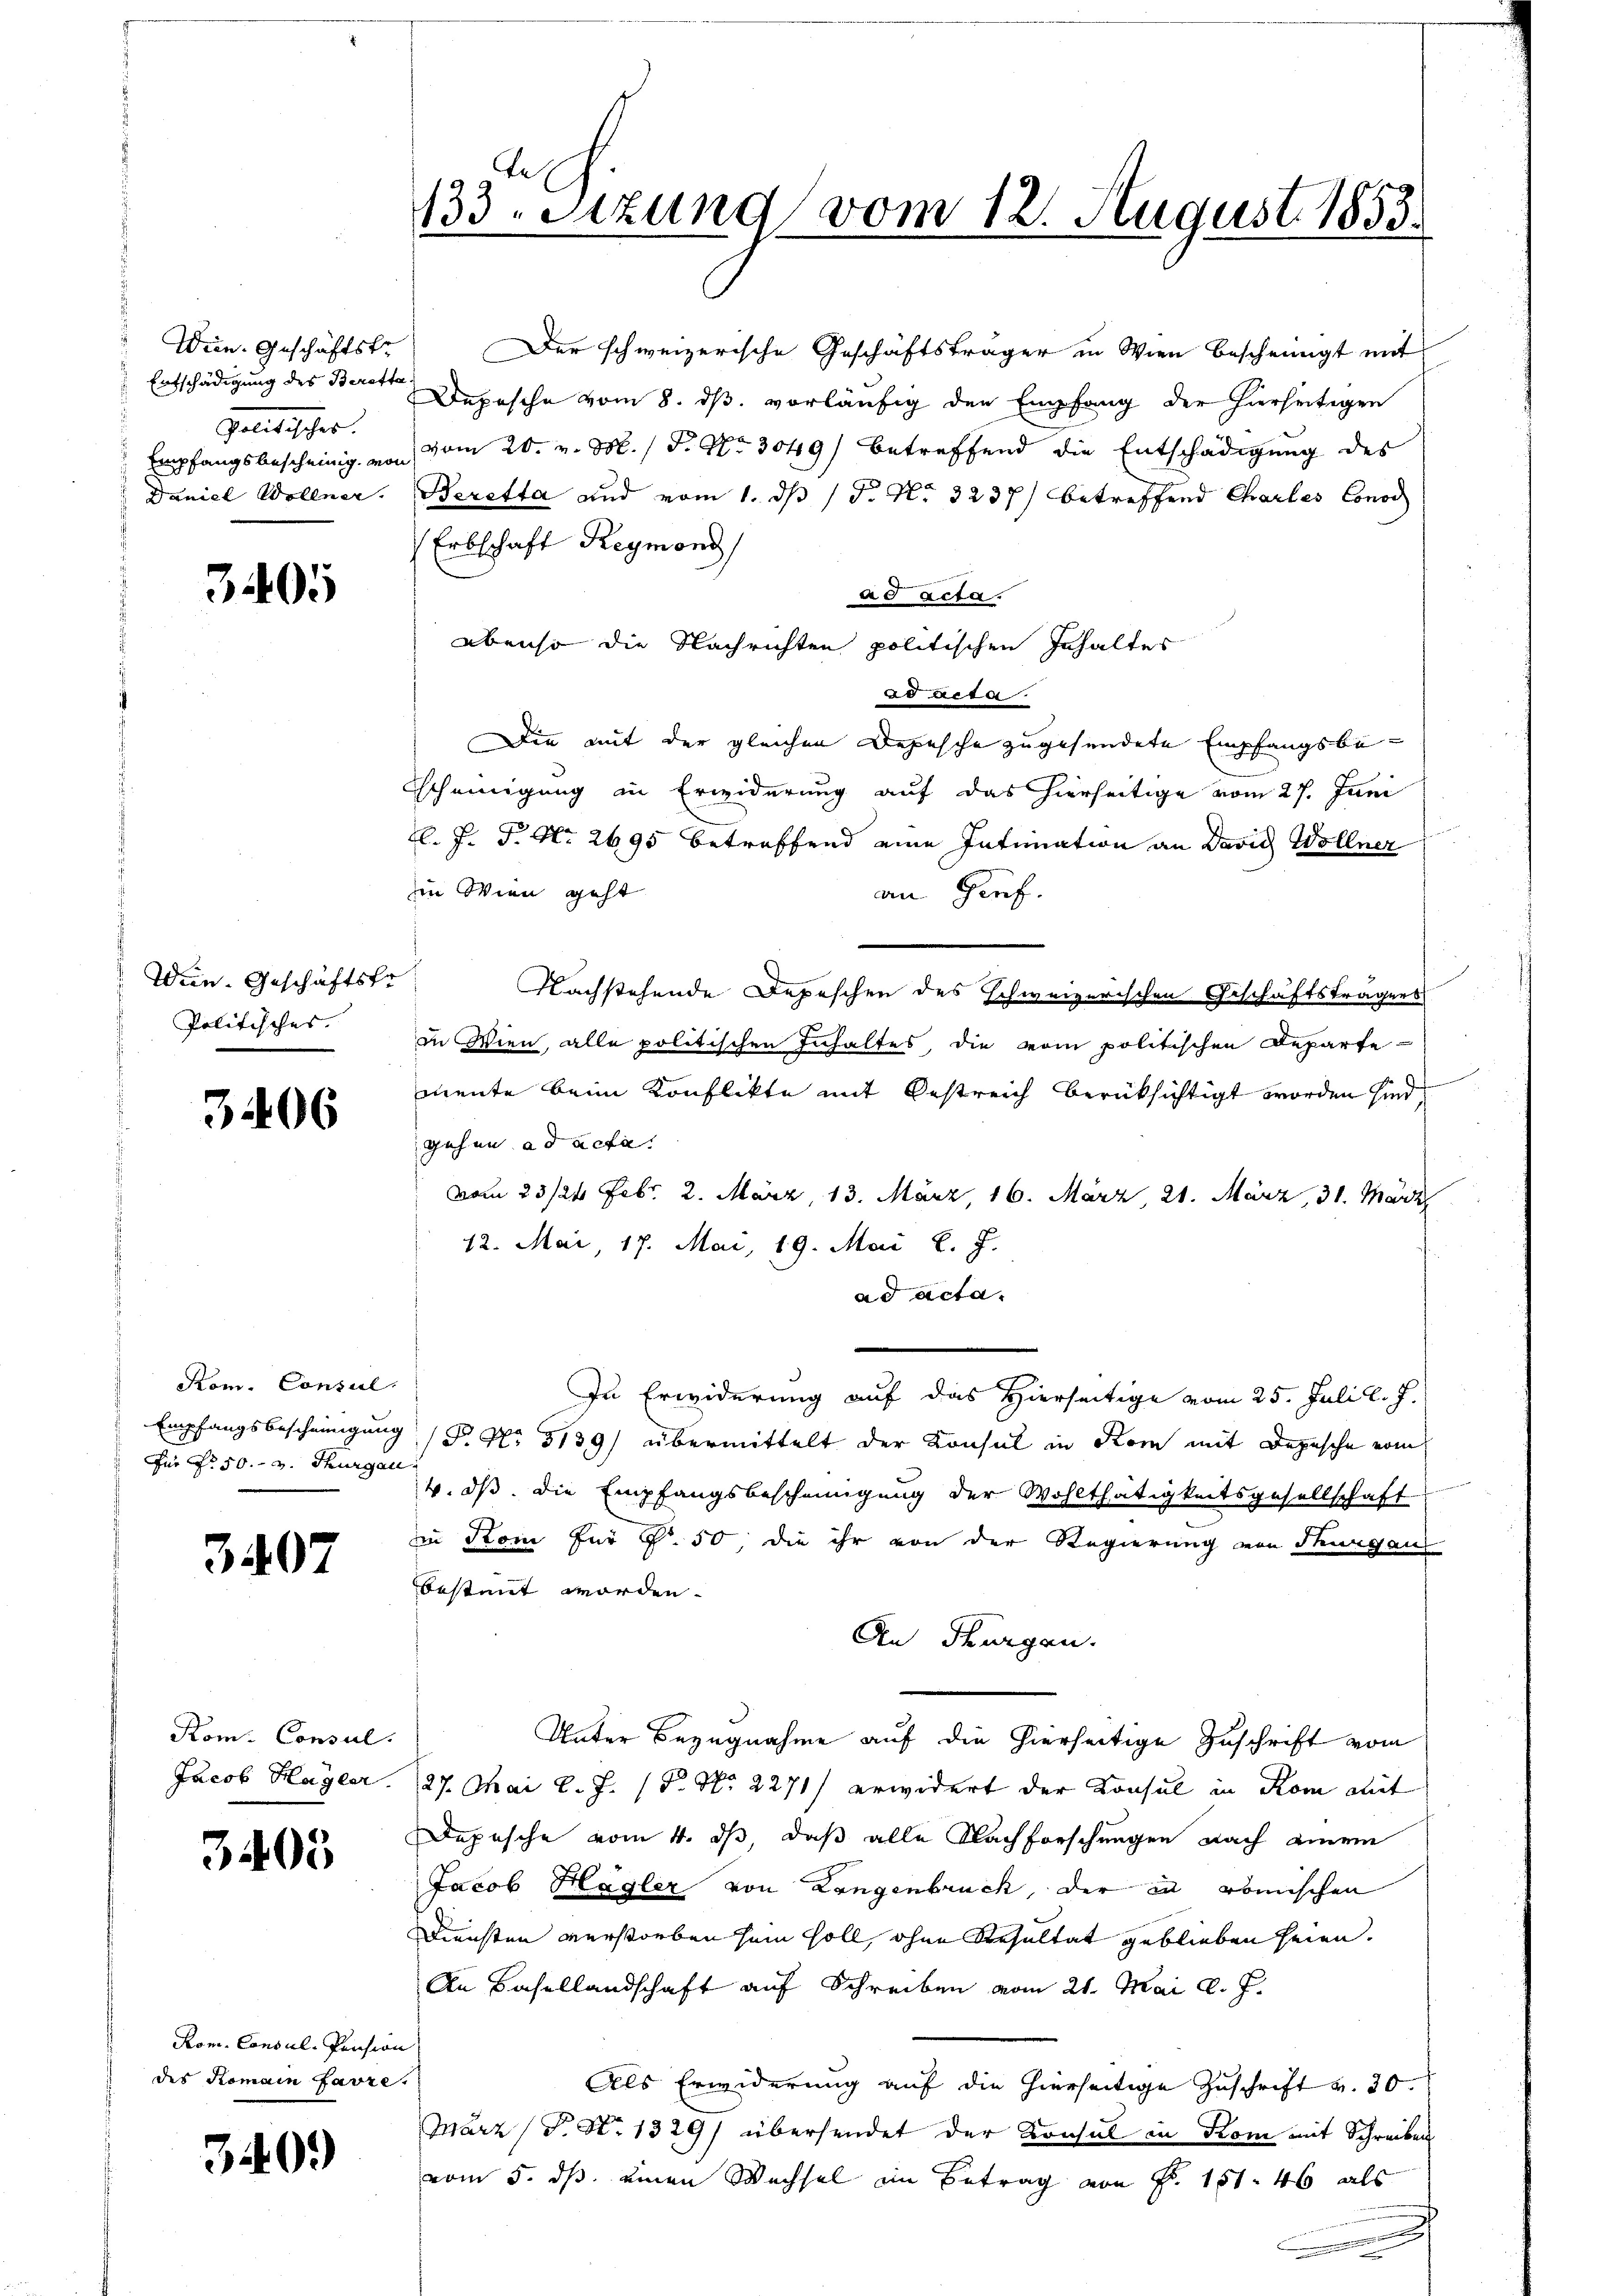
Wein. Geschäftste
Entschädigung des Beretta
Golitischer
Empfangsbescheinig, von
Daniel Wellner.

3405

Wein. Geschäftsfr
Politisches. |

3406

Kom. Consil.
Empfangsbescheinigung
Fü Nr. 50. v. Thurgau

3407

Kom. Consul
Jacob Hagler.

3403

Rom. Consul-Pension
des Romain favze.

340.

133. Sitzung vom 12. August 1853.

Der schweizerische Geschäftsträger in Wien bescheinigt mit
Depesche vom 8. ds. vorläufig den Empfang der hierseitigen
vom 20. v. M. / P. Nr. 3049) betreffend die Entschädigung des
Beretta und vom 1. ds (T. No 3237) betreffend Charles Conci
Erbschaft Reymond
ad acta.
ebenso die Nachrichten politischen Inhaltes
o acta.
Die mit der gleichen Depesche zugesendete Empfangsbe-
scheinigung in Erwiderung auf das hierseitige vom 27. Juni
. J. P. Nr. 2695 betreffend eine Intimation an David Wollner
in Wien geht
an Prof.
Nachstehende Depeschen des Schweizerischen Geschäftstragens
in Wien, alle politischen Inhaltes, die vom politischen Departemente beim Konflikte mit Oestreich berücksichtigt worden sind,
gehen ad acta.
vom 23/21. Febr. 2. März, 13. März, 16. März, 21. März, 31. März
12. Mai, 17. Mai, 19. Mai l. J.
ad acta.
In Erwiderung auf das Hierseitige vom 25. Juli l. J.
P. Nr. 3139) übermittelt der Konsul in Rom mit Depesche vom
4. ds. die Empfangsbescheinigung der Wohlthätigkeitsgesellschaft
in Kon für p. 50, die ihr von der Regierung von Thurgau
bestimmt worden.
An Thurgan
Unter Bezugnahme auf die hierseitige Zuschrift vom
27. Mai l. J. (T. No. 2271/ erwidert der Konsul in Rom mit
Depesche vom 4. ds, daß alle Nachforschungen nach einem
Jacob Hagler von Langenbruck, der in römischen
Diensten verstorben sein soll, ohne Resultat geblieben seien.
An Basellandschaft auf Schreiben vom 21. Mai l. J.
Als Erwiderung auf die hierseitige Zuschrift v. 30.
März (T. N. 1329/ übersendet der Konsul in Kom mit Schreiben
vom 5. ds. einen Wechsel im Betrag von Fr. 151. 46 als